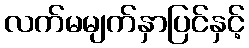
လက်မမျက်နှာပြင်နှင့်